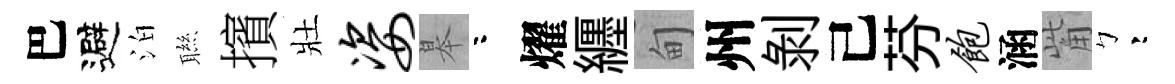
巴避泊聮擯壯姿皋咯燿纒甸州剝己芬饱涵觜彎